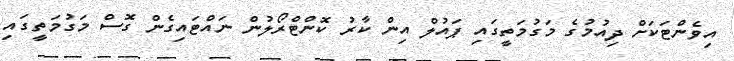
އިވެންޓަކަށް ދިއުމުގެ މަގުމަތީގައި ޕައުލް އިން ކާރު ކޮންޓްރޯލުން ނައްޓައިގެން ގޮސް މަގުމަތީގައި